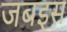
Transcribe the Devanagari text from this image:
जबइस